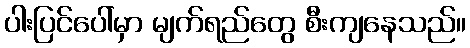
ပါးပြင်ပေါ်မှာ မျက်ရည်တွေ စီးကျနေသည်။